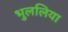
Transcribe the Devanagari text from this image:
भुललिया